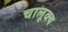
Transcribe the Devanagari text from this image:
चालूक्य